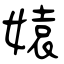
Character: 媴